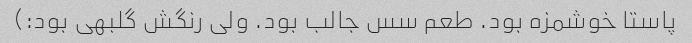
پاستا خوشمزه بود. طعم سس جالب بود. ولی رنگش گلبهی بود:)